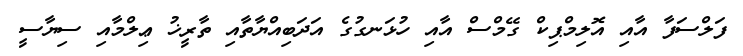
ފަލްސަފާ އާއި އޮލިމްޕިކް ގޭމްސް އާއި ހުޅަނގުގެ އަދަބިއްޔާތާއި ތާރީޚު ޢިލްމާއި ސިޔާސީ